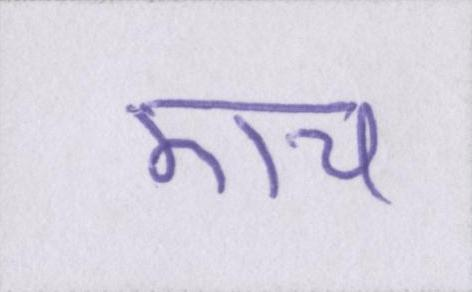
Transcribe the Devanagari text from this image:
एच